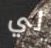
لي